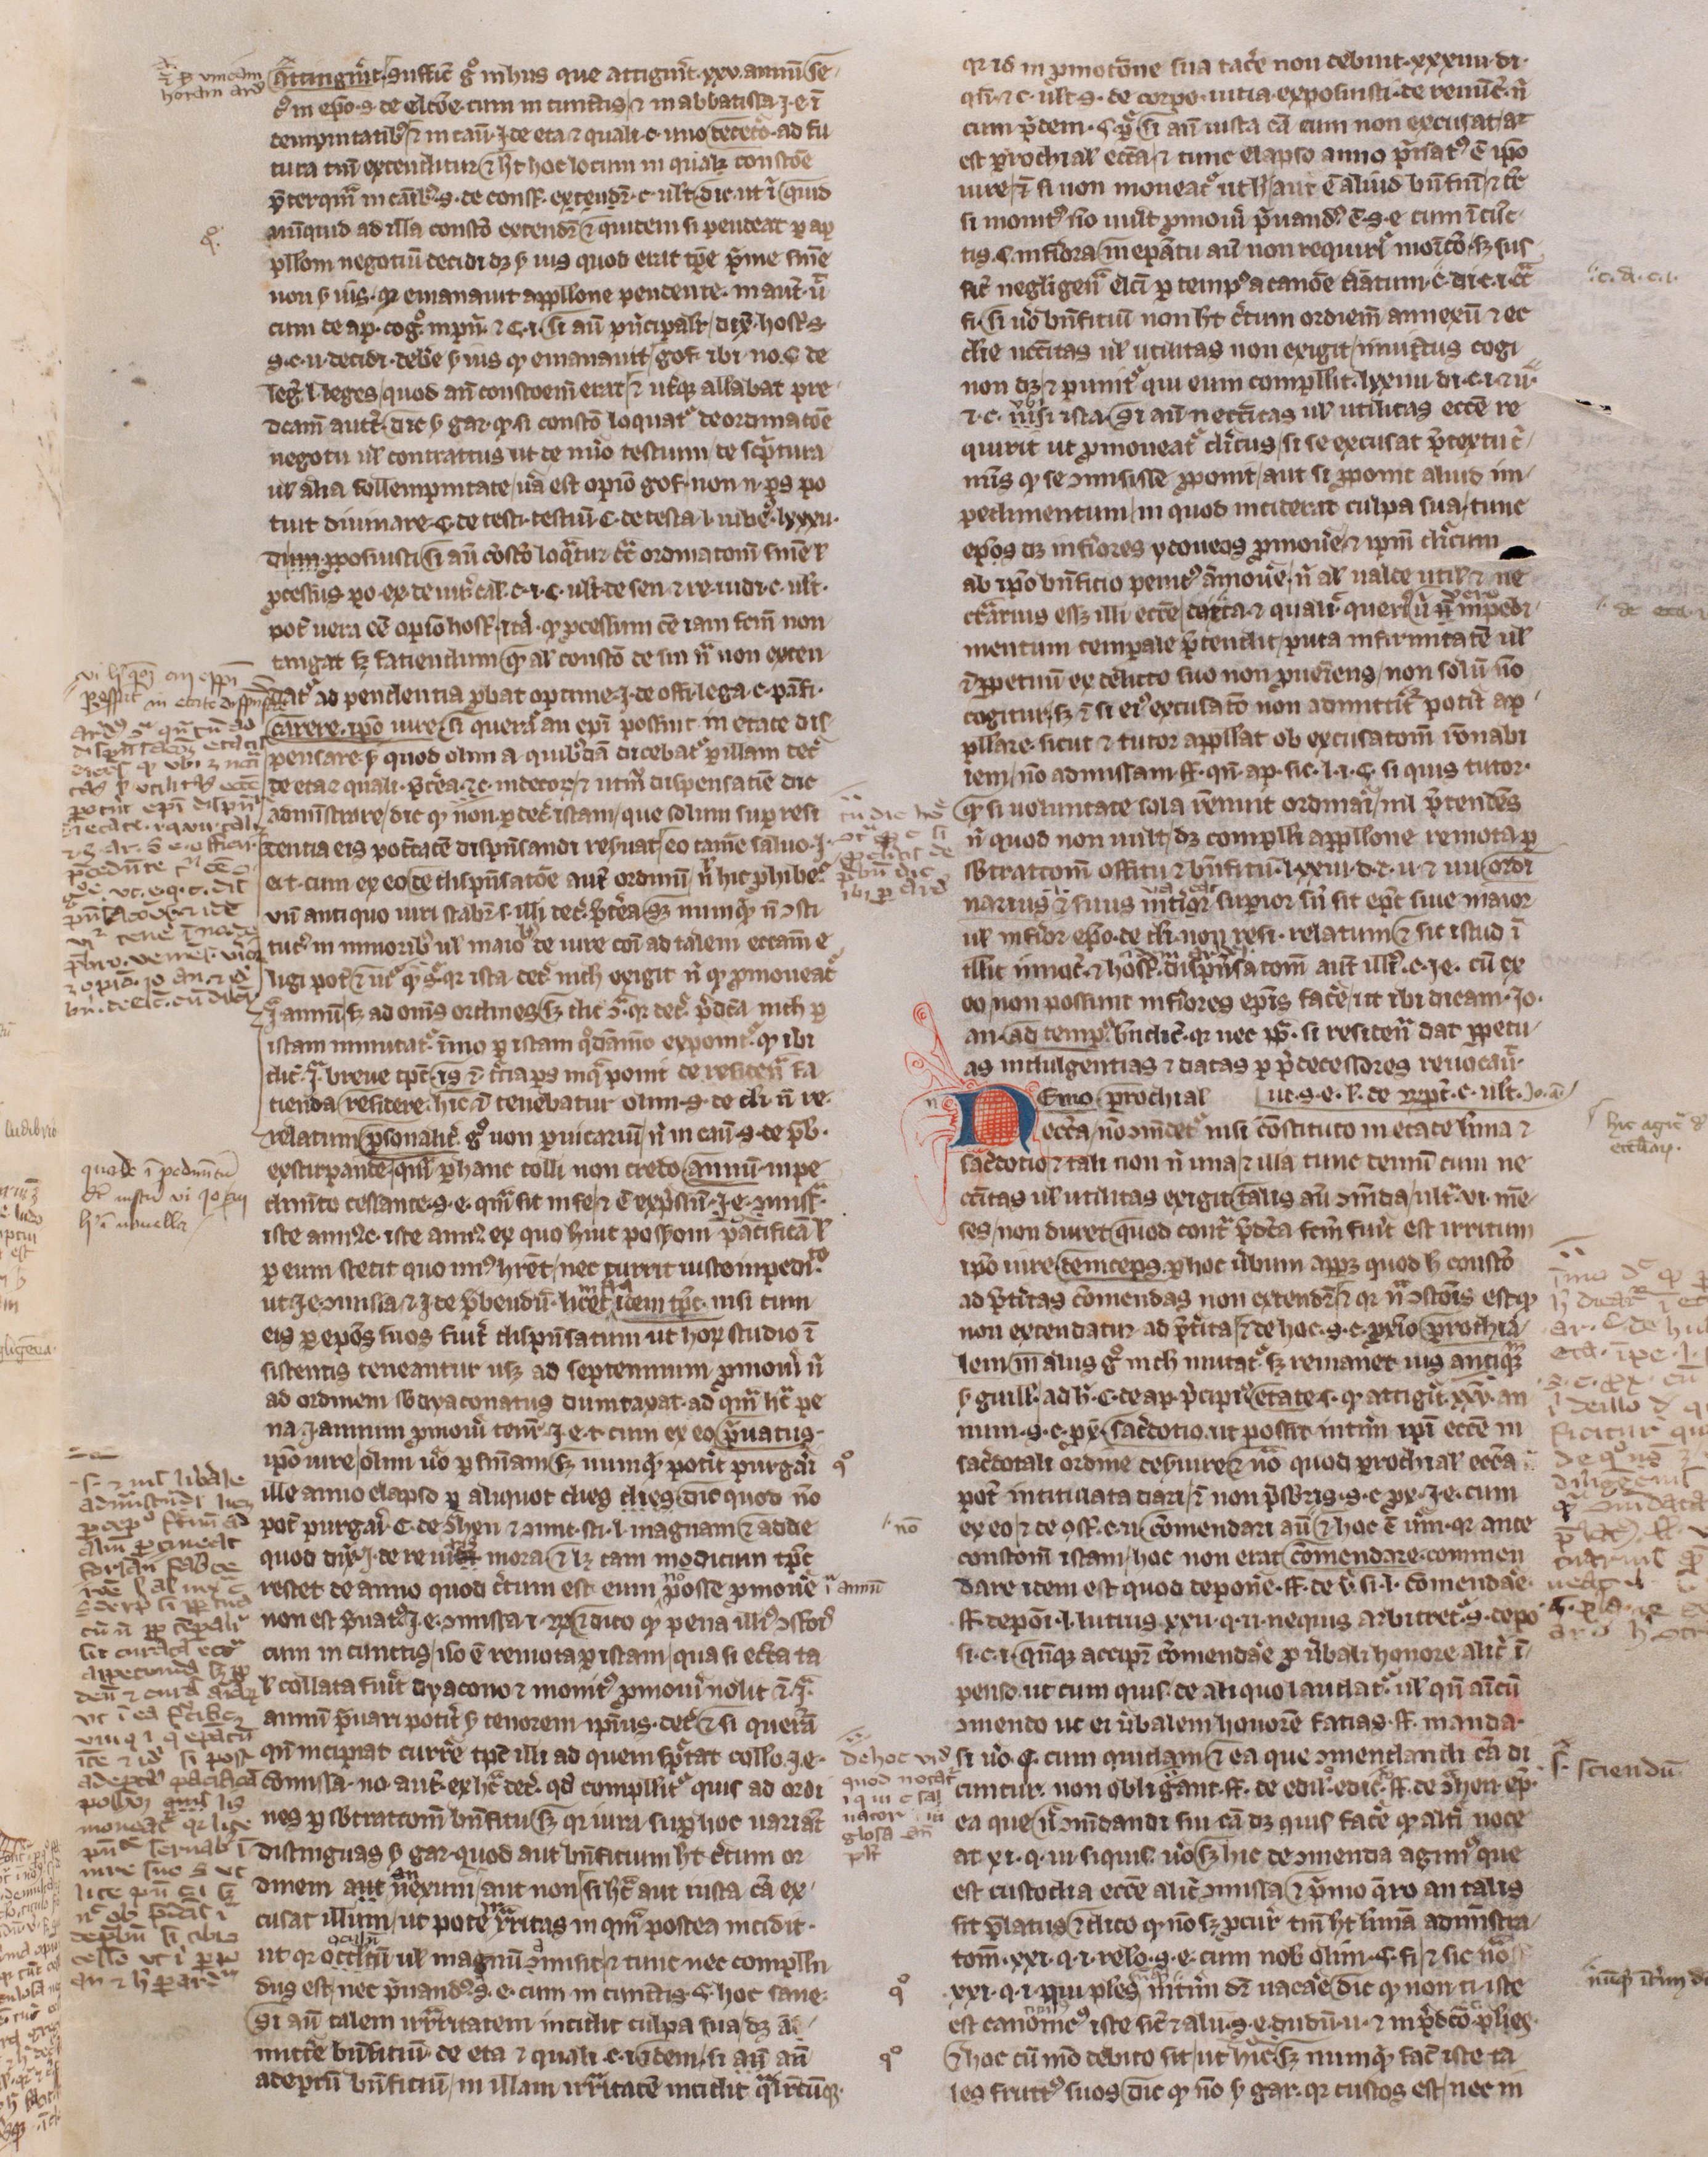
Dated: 1300–1399